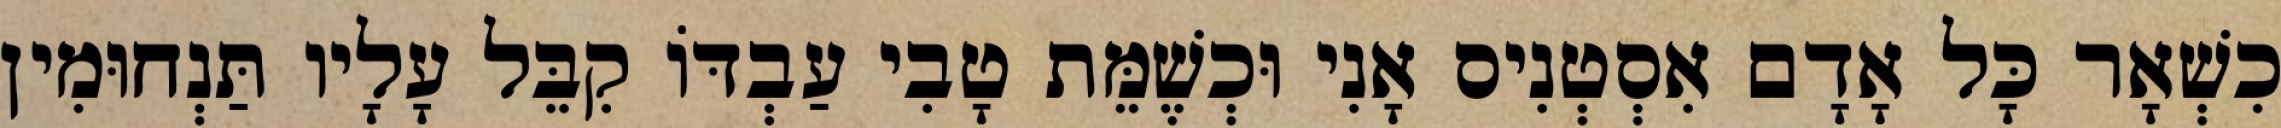
כִשְׁאָר כָּל אָדָם אִסְטְנִיס אָנִי וּכְשֶׁמֵּת טָבִי עַבְדּוֹ קִבֵּל עָלָיו תַּנְחוּמִין